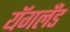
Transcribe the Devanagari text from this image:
यॅगलँड